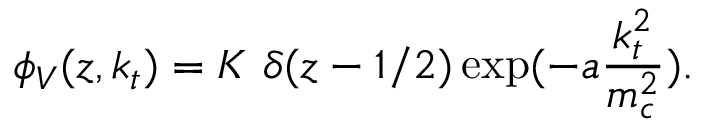
\phi _ { V } ( z , k _ { t } ) = K \ \delta ( z - 1 / 2 ) \exp ( - a \frac { k _ { t } ^ { 2 } } { m _ { c } ^ { 2 } } ) .